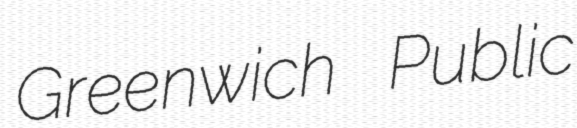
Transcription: Greenwich Public